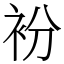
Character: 衯